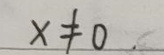
$x\neq0$